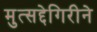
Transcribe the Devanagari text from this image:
मुत्सद्देगिरीने